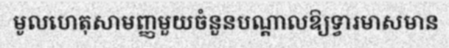
មូលហេតុសាមញ្ញមួយចំនួនបណ្តាលឱ្យទ្វារមាសមាន